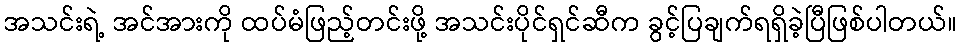
အသင်းရဲ့ အင်အားကို ထပ်မံဖြည့်တင်းဖို့ အသင်းပိုင်ရှင်ဆီက ခွင့်ပြချက်ရရှိခဲ့ပြီဖြစ်ပါတယ်။